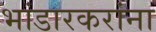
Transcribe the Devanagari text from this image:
भांडारकरांना